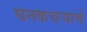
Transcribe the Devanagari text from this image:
घनकचर्‍याचे